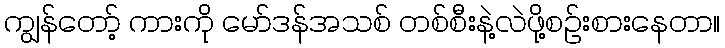
ကျွန်တော့် ကားကို မော်ဒန်အသစ် တစ်စီးနဲ့လဲဖို့စဉ်းစားနေတာ။